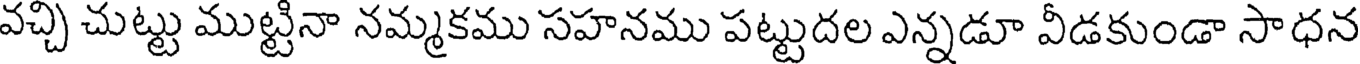
వచ్చి చుట్టు ముట్టినా నమ్మకము సహనము పట్టుదల ఎన్నడూ వీడకుండా సాధన